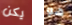
يكن هو